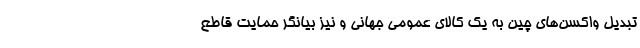
تبدیل واکسن‌های چین به یک کالای عمومی جهانی و نیز بیانگر حمایت قاطع